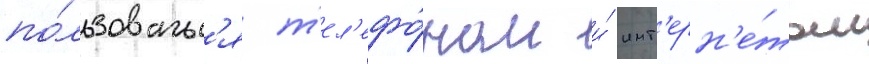
по́льзоватьс'я т'ел'ефо́ном и́ инт'ерн'е́том